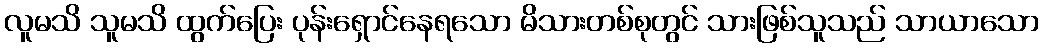
လူမသိ သူမသိ ထွက်ပြေး ပုန်းရှောင်နေရသော မိသားတစ်စုတွင် သားဖြစ်သူသည် သာယာသော